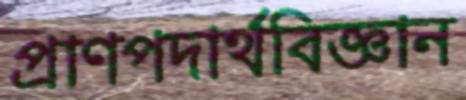
প্রাণপদার্থবিজ্ঞান